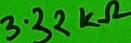
Text: 3.32kΩ